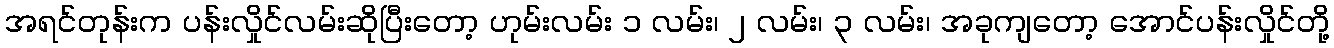
အရင်တုန်းက ပန်းလှိုင်လမ်းဆိုပြီးတော့ ဟုမ်းလမ်း ၁ လမ်း၊ ၂ လမ်း၊ ၃ လမ်း၊ အခုကျတော့ အောင်ပန်းလှိုင်တို့